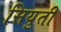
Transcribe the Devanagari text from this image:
सियुती